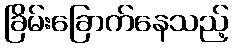
ခြိမ်းခြောက်နေသည့်